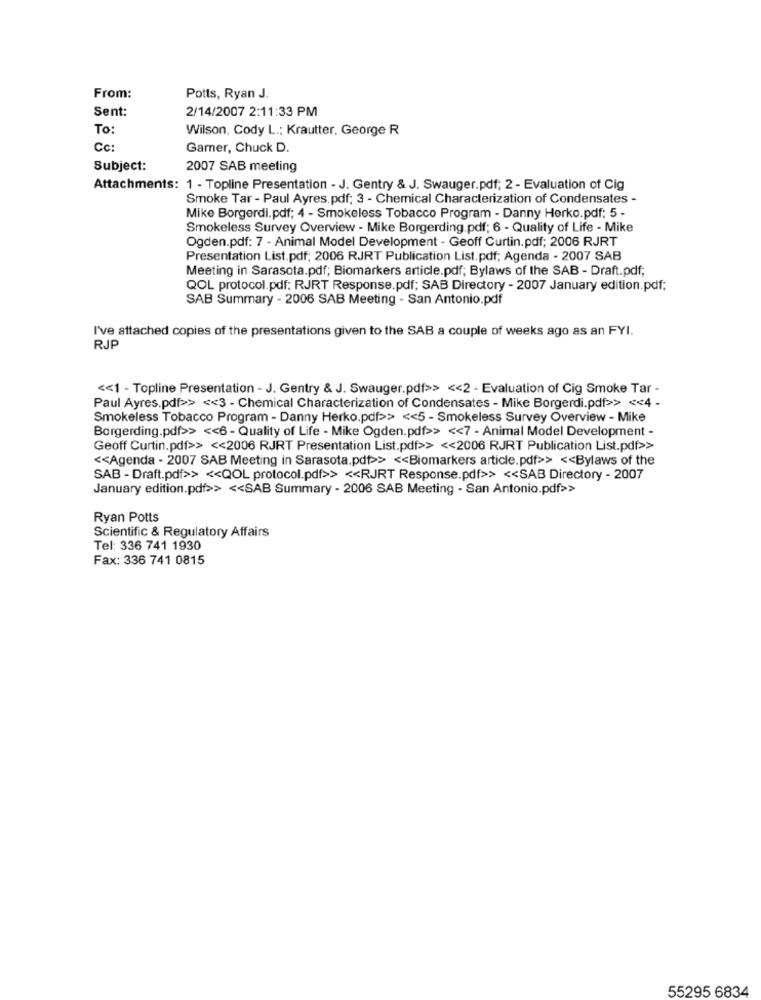
From:
Potts, Ryan J.
Sent:
2/14/2007 2:11:33 PM
To:
Wilson, Cody L .: Krautter, George R
Cc:
Gamer, Chuck D.
Subject:
2007 SAB meeting
Attachments: 1 - Topline Presentation - J. Gentry & J. Swauger.pdf; 2 - Evaluation of Cig
Smoke Tar - Paul Ayres.pdf; 3 - Chemical Characterization of Condensates -
Mike Borgerdi.pdf; 4 - Smokeless Tobacco Program - Danny Herko.pdf: 5 -
Smokeless Survey Overview - Mike Borgerding.pdf; 6 - Quality of Life - Mike
Ogden.pdf: 7 - Animal Model Development - Geoff Curtin.pdf; 2006 RJRT
Presentation List.pdf; 2006 RJRT Publication List.pdf; Agenda - 2007 SAB
Meeting in Sarasota.pdf; Biomarkers article.pdf; Bylaws of the SAB - Draft.pdf;
QOL protocol.pdf; RJRT Response.pdf; SAB Directory - 2007 January edition.pdf;
SAB Summary - 2006 SAB Meeting - San Antonio.pdf
I've attached copies of the presentations given to the SAB a couple of weeks ago as an FYI.
RJP
<< 1 - Topline Presentation - J. Gentry & J. Swauger.pdf>> << 2 - Evaluation of Cig Smoke Tar -
Paul Ayres.pdf>> << 3 - Chemical Characterization of Condensates - Mike Borgerdi.pdf>> << 4 -
Smokeless Tobacco Program - Danny Herko.pdf>> << 5 - Smokeless Survey Overview - Mike
Borgerding.pdf>> << 6 - Quality of Life - Mike Ogden.pdf>> << 7 - Animal Model Development -
Geoff Curtin.pdf>> << 2006 RJRT Presentation List.pdf>> << 2006 RJRT Publication List.pdf>>
<< Agenda - 2007 SAB Meeting in Sarasota.pdf>> << Biomarkers article.pdf>> << Bylaws of the
SAB - Draft.pdf>> << QOL protocol.pdf>> << RJRT Response.pdf>> << SAB Directory - 2007
January edition.pdf>> << SAB Summary - 2006 SAB Meeting - San Antonio.pdf>>
Ryan Potts
Scientific & Regulatory Affairs
Tel: 336 741 1930
Fax: 336 741 0815
55295 6834